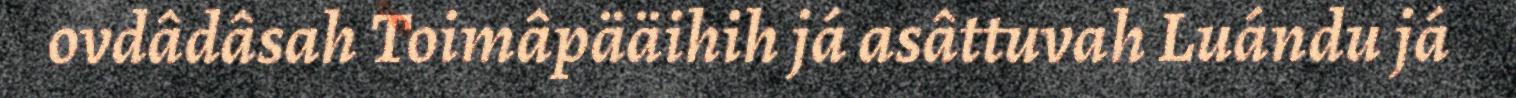
ovdâdâsah Toimâpääihih já asâttuvah Luándu já